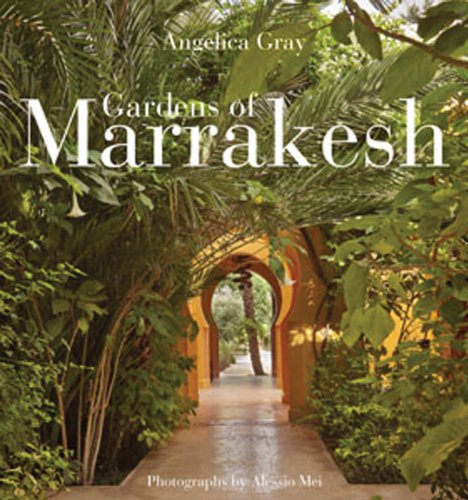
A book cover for Gardens of Marrakesh; Angelica Gray; Travel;